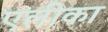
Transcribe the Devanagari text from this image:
एलीका